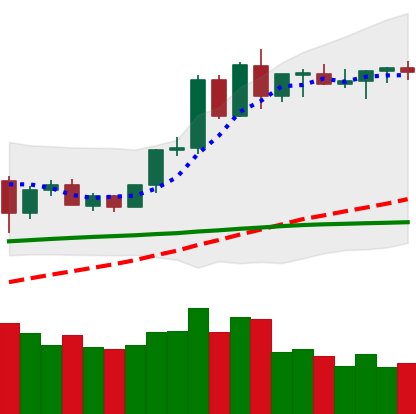
Ticker: ETH-USD
Chart end date: 2020-06-09
Forward return: -4.408%
Label: down_3_5